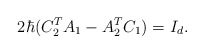
\begin{align*} 2\hbar( C_{2}^{T} A_{1} - A_{2}^{T} C_{1} ) = I_{d}. \end{align*}